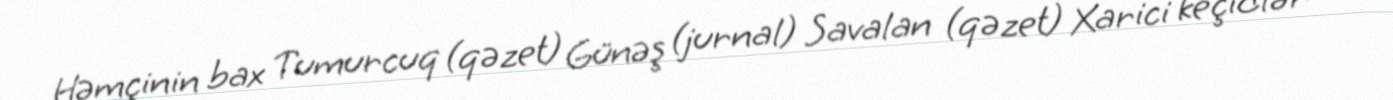
Həmçinin bax Tumurcuq (qəzet) Günəş (jurnal) Savalan (qəzet) Xarici keçidlər